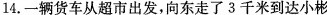
14.一辆货车从超市出发，向东走了3千米到达小彬